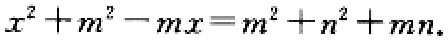
\(x^{2}+m^{2}-mx = m^{2}+n^{2}+mn\)